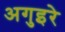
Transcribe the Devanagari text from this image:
अगुइरे